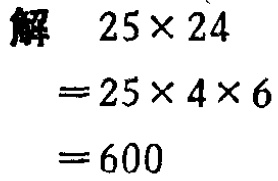
```
解 \(25\times24\)
\(=25\times4\times6\)
\(=600\)
```